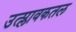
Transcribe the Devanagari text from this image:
उत्प्लावकतल